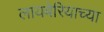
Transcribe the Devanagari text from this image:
लायबेरियाच्या